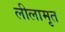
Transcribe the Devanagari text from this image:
लीलामृत